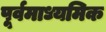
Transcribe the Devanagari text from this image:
पूर्वमाध्यमिक